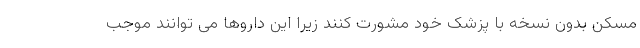
مسکن بدون نسخه با پزشک خود مشورت کنند زیرا این داروها می توانند موجب